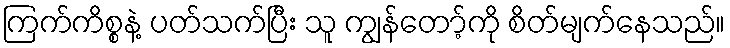
ကြက်ကိစ္စနဲ့ ပတ်သက်ပြီး သူ ကျွန်တော့်ကို စိတ်မျက်နေသည်။